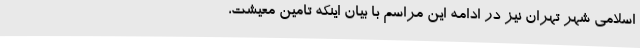
اسلامی شهر تهران نیز در ادامه این مراسم با بیان اینکه تامین معیشت،